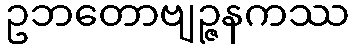
ဥဘတောဗျဉ္ဇနကဿ